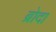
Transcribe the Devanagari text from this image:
ब्रोदा